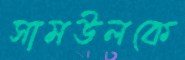
সামউলকে